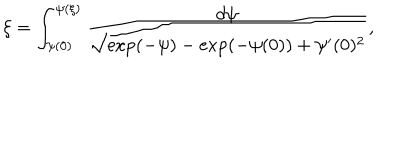
\xi = \int _ { \psi ( 0 ) } ^ { \psi ( \xi ) } \frac { d \psi } { \sqrt { \exp ( - \psi ) - \exp ( - \psi ( 0 ) ) + \psi ^ { \prime } ( 0 ) ^ { 2 } } } ,